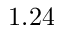
1 . 2 4